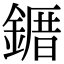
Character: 䥄